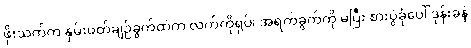
ဖိုးသက်က နှမ်းဖတ်ချဉ်ခွက်ထဲက လက်ကိုရုပ်၊ အရက်ခွက်ကို မပြီး စားပွဲခုံပေါ် ဒုန်းခနဲ